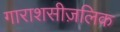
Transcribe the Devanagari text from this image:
गाराशसीज़लिक